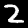
Label: 2